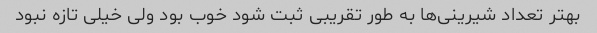
بهتر تعداد شیرینی‌ها به طور تقریبی ثبت شود خوب بود ولی خیلی تازه نبود